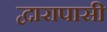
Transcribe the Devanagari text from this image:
द्वारापासी